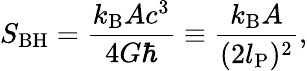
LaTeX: S_{\mathrm{BH}}=\frac{k_{\mathrm{B}}Ac^{3}}{4G\hbar}\equiv\frac{k_{\mathrm{B}}A}{(2l_{\mathrm{P}})^{2}},